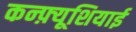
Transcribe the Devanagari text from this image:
कन्फ़्यूशियाई